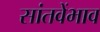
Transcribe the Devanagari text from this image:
सांतवेंभाव